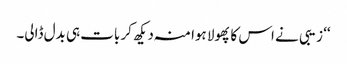
‘‘ زیبی نے اس کا پھولا ہوا منہ دیکھ کر بات ہی بدل ڈالی۔